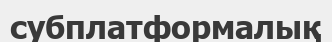
субплатформалық